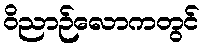
ဝိညာဉ်လောကတွင်